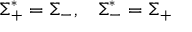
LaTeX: \Sigma _ { + } ^ { * } = \Sigma _ { - } , \; \; \; \Sigma _ { - } ^ { * } = \Sigma _ { + }